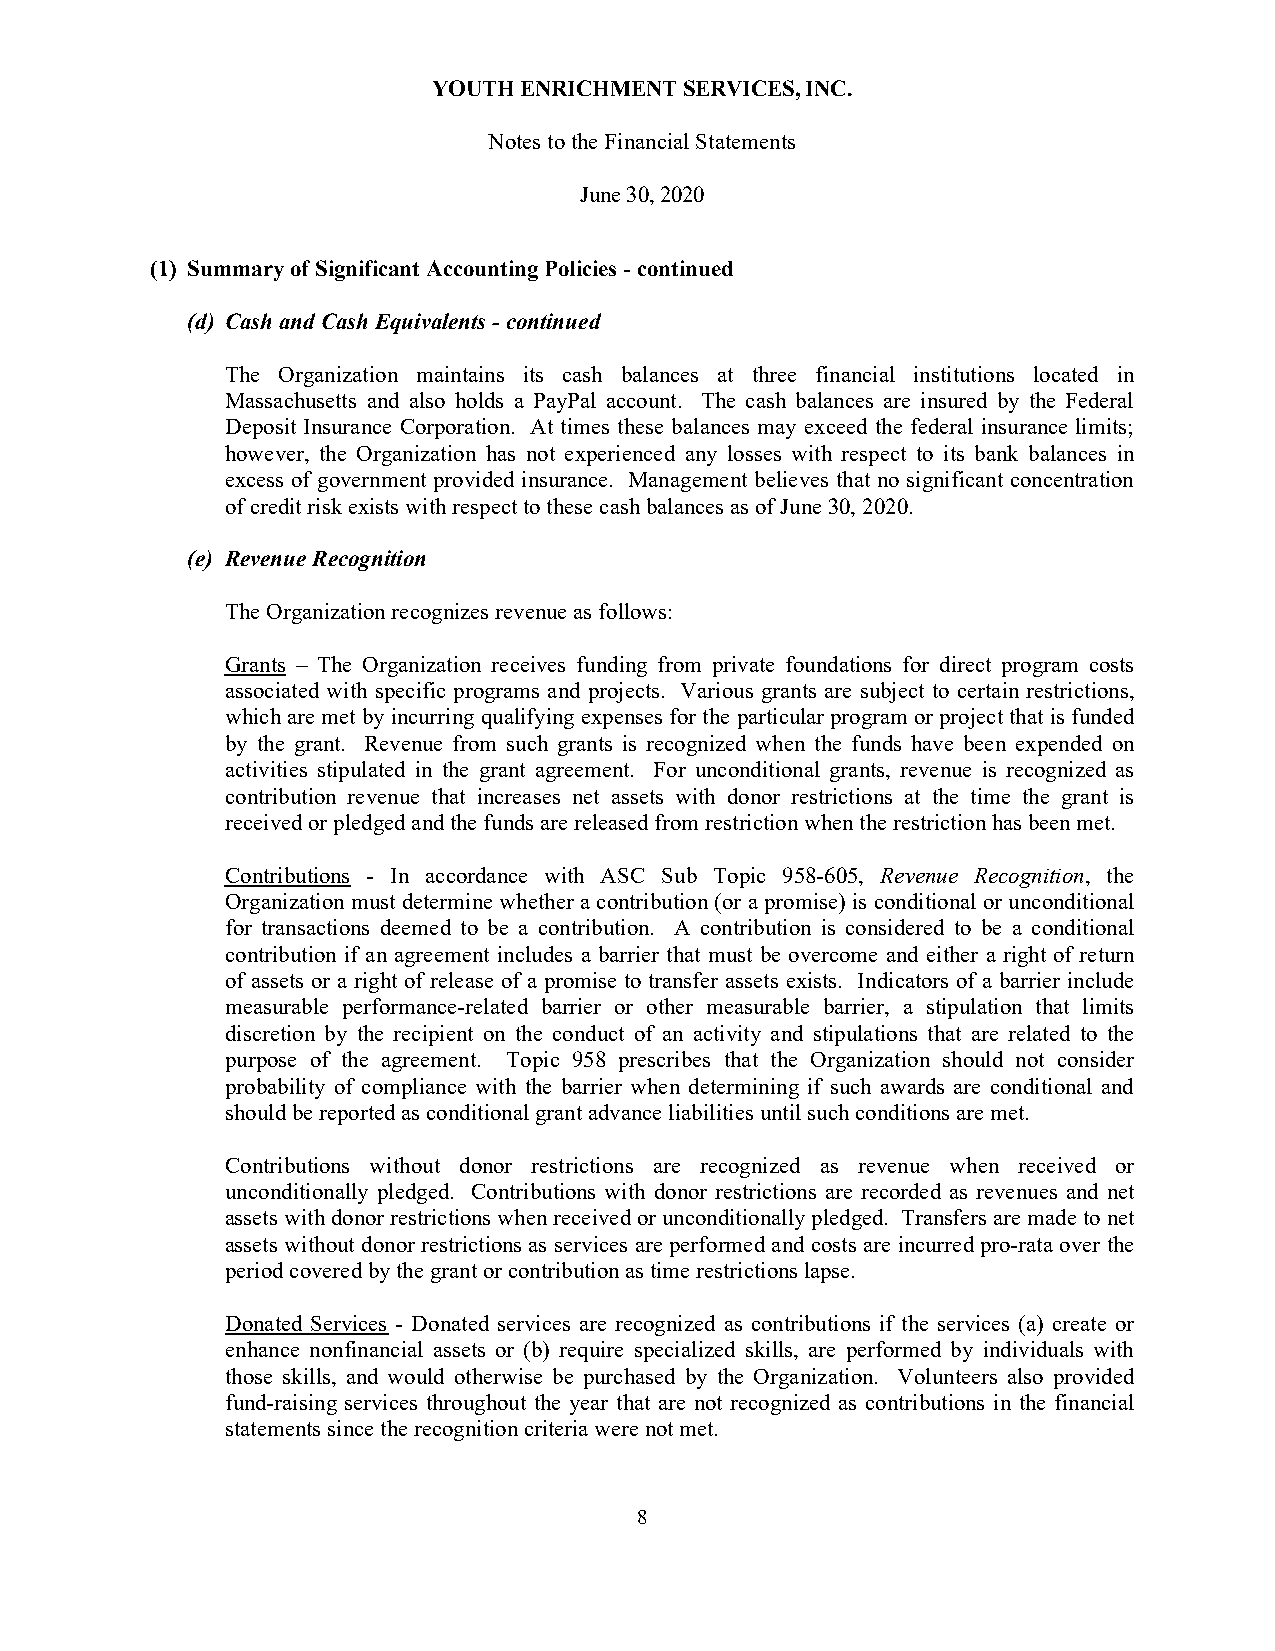
YOUTH ENRICHMENT SERVICES, INC.
 Notes to the Financial Statements
 June 30, 2020
 (1) Summary of Significant Accounting Policies - continued
 (d) Cash and Cash Equivalents - continued
 The Organization maintains its cash balances at three financial institutions located in
 Massachusetts and also holds a PayPal account. The cash balances are insured by the Federal
 Deposit Insurance Corporation. At times these balances may exceed the federal insurance limits;
 however, the Organization has not experienced any losses with respect to its bank balances in
 excess of government provided insurance. Management believes that no significant concentration
 of credit risk exists with respect to these cash balances as of June 30, 2020.
 (e) Revenue Recognition
 The Organization recognizes revenue as follows:
 Grants – The Organization receives funding from private foundations for direct program costs
 associated with specific programs and projects. Various grants are subject to certain restrictions,
 which are met by incurring qualifying expenses for the particular program or project that is funded
 by the grant. Revenue from such grants is recognized when the funds have been expended on
 activities stipulated in the grant agreement. For unconditional grants, revenue is recognized as
 contribution revenue that increases net assets with donor restrictions at the time the grant is
 received or pledged and the funds are released from restriction when the restriction has been met.
 Contributions - In accordance with ASC Sub Topic 958-605, Revenue Recognition, the
 Organization must determine whether a contribution (or a promise) is conditional or unconditional
 for transactions deemed to be a contribution. A contribution is considered to be a conditional
 contribution if an agreement includes a barrier that must be overcome and either a right of return
 of assets or a right of release of a promise to transfer assets exists. Indicators of a barrier include
 measurable performance-related barrier or other measurable barrier, a stipulation that limits
 discretion by the recipient on the conduct of an activity and stipulations that are related to the
 purpose of the agreement. Topic 958 prescribes that the Organization should not consider
 probability of compliance with the barrier when determining if such awards are conditional and
 should be reported as conditional grant advance liabilities until such conditions are met.
 Contributions without donor restrictions are recognized as revenue when received or
 unconditionally pledged. Contributions with donor restrictions are recorded as revenues and net
 assets with donor restrictions when received or unconditionally pledged. Transfers are made to net
 assets without donor restrictions as services are performed and costs are incurred pro-rata over the
 period covered by the grant or contribution as time restrictions lapse.
 Donated Services - Donated services are recognized as contributions if the services (a) create or
 enhance nonfinancial assets or (b) require specialized skills, are performed by individuals with
 those skills, and would otherwise be purchased by the Organization. Volunteers also provided
 fund-raising services throughout the year that are not recognized as contributions in the financial
 statements since the recognition criteria were not met.
 8